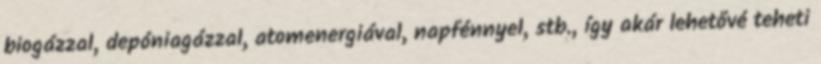
biogázzal, depóniagázzal, atomenergiával, napfénnyel, stb., így akár lehetővé teheti